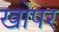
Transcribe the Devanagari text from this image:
खोपर